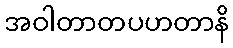
အဝါတာတပဟတာနိ